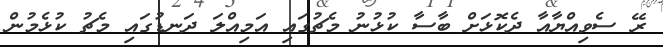
ރޭ ސެވިއްޔާއާ ދެކޮޅަށް ބާސާ ކުޅުުނު މެޗުގައި އަމިއްލަ ދަނޑުގައި މެޗު ކުޅެމުން